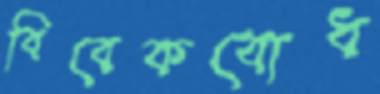
বিবেকবোধ